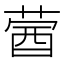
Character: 蒏